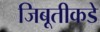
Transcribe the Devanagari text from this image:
जिबूतीकडे